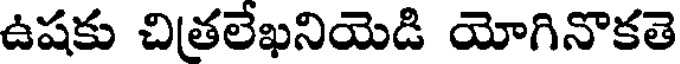
ఉషకు చితలేఖనియెడి యోగినొకతె